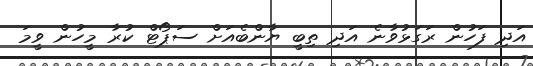
އަދި ފަހުން ރަގަޅުވާނެ އަދި ތިބީ ޔާންބެއަށް ސަޕޯޓް ކުރާ މީހުން ވީމަ